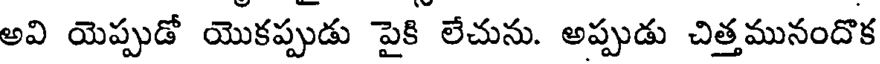
అవి యెప్పుడో యొకప్పుడు పైకి లేచును. అప్పుడు చిత్తమునందొక